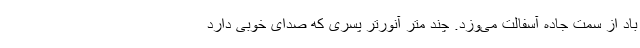
باد از سمت جاده آسفالت می‌وزد. چند متر آنورتر پسری که صدای خوبی دارد